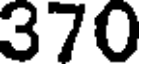
370